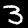
Label: 3